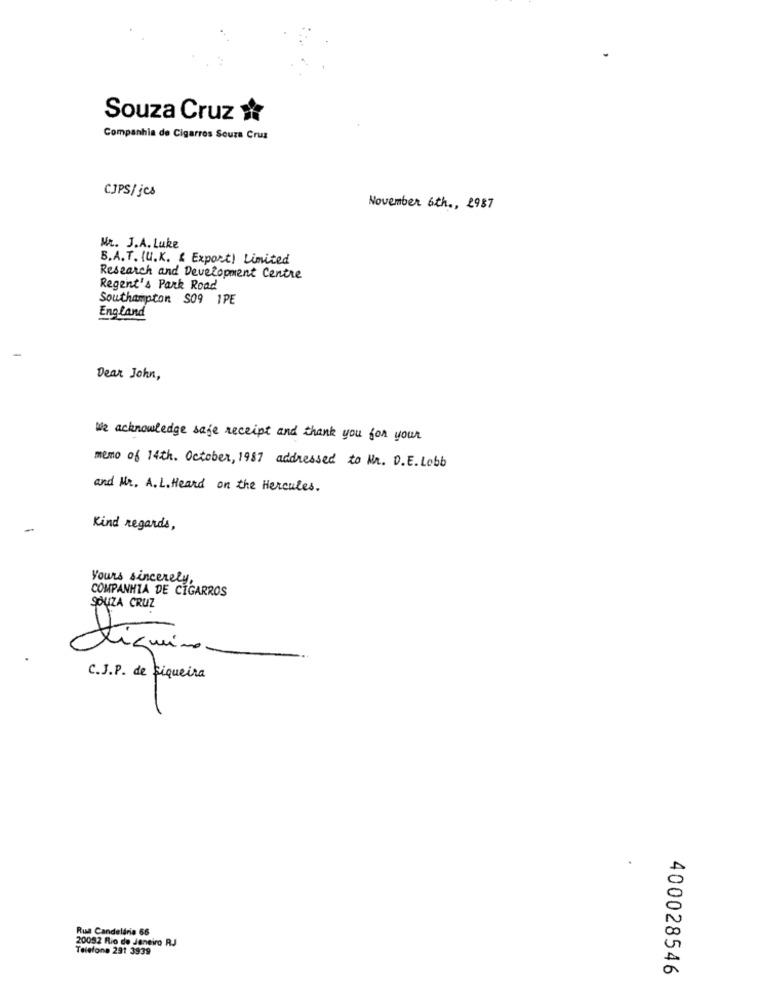
Souza Cruz
Companhia de Cigarros Souza Cruz
CJPS/jcs
November 6th ., 2987
Mr. J.A. Luke
B.A.T. (U.K. & Export) Limited
Research and Development Centre
Regent's Park Road
Southampton S09 1PE
England
Dear John,
We acknowledge safe receipt and thank you for your
memo of 14th. October, 1987 addressed to Mr. D.E. Lobb
and Mr. A.L. Heard on the Hercules.
Kind regards,
yours sincerely,
COMPANHIA DE CIGARROS
SOUZA CRUZ
Fíquino
C.J.P. de siqueira
Rua Candelaria 66
20092 Rio de Janeiro RJ
Telefone 291 3939
400028546